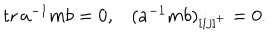
\begin{matrix} { { \mathrm { t r } \, a ^ { - 1 } m b = 0 , } } & { { ( a ^ { - 1 } m b ) _ { [ i j ] ^ { + } } = 0 . } } \\ \end{matrix}